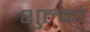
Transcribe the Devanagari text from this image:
शुल्को